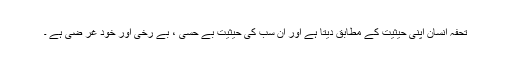
تحفہ انسان اپنی حیثیت کے مطابق دیتا ہے اور ان سب کی حیثیت بے حسی ، بے رخی اور خود غر ضی ہے ۔